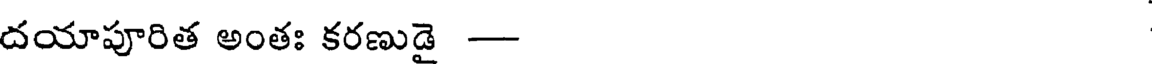
దయాపూరిత అంతః కరణుడై -